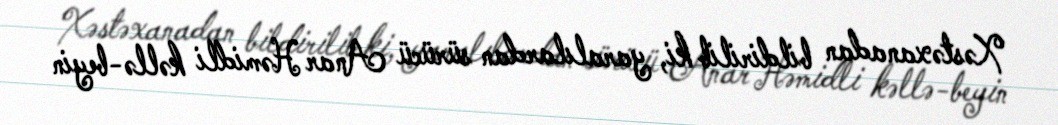
Xəstəxanadan bildirilib ki, yaralılardan sürücü Anar Həmidli kəllə-beyin